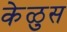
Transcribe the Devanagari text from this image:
केळुस